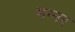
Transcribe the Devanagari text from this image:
मन्नर